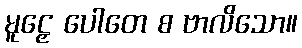
မူဠှေ ပေါတေ စ ဗာလိသော။